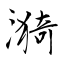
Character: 漪